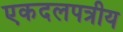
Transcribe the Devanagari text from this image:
एकदलपत्रीय